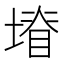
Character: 𭏩